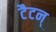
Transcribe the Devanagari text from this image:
टैटन्